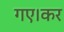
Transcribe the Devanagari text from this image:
गए।कर